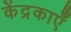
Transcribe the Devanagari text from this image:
केंद्रकाएँ